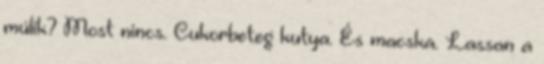
múlik? Most nincs. Cukorbeteg kutya. És macska. Lassan a